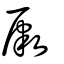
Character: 肈